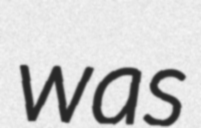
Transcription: was